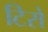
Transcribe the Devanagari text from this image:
टिरो